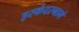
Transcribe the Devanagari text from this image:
इस्कंदरनामे